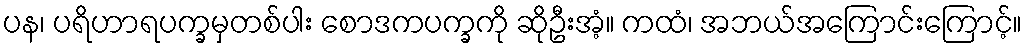
ပန၊ ပရိဟာရပက္ခမှတစ်ပါး စောဒကပက္ခကို ဆိုဦးအံ့။ ကထံ၊ အဘယ်အကြောင်းကြောင့်။